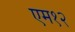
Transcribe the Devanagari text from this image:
एम१२